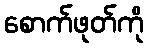
စောက်ဖုတ်ကို